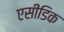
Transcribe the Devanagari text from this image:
एसीडिक